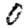
Digit: 0